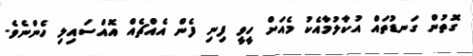
ގޮތުން ގަނޑުތައް އުކާލުމާއެކު މެއަށް ހީވީ ފިނި ފެން އެއްޗެއް އޮއްސައިލި ހެންނެވެ.